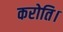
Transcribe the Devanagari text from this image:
करोति।